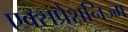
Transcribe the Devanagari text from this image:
एक्सप्रेशनिज्म